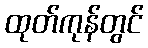
ထုတ်ကုန်တွင်